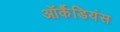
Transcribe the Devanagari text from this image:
ऑर्कैडियंस